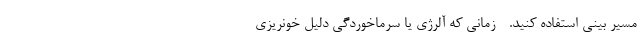
مسیر بینی استفاده کنید. - زمانی که آلرژی یا سرماخوردگی دلیل خونریزی